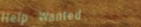
Help Wanted